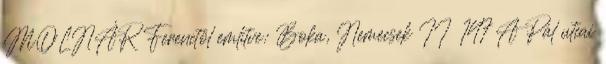
MOLNÁR Ferenctől említve: Boka, Nemecsek II 147 A Pál utcai